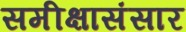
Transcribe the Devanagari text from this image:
समीक्षासंसार